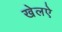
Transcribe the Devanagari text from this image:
खेलऐ